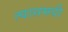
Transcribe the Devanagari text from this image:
त्यासमयी